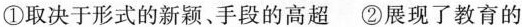
①取决于形式的新颖、手段的高超②展现了教育的